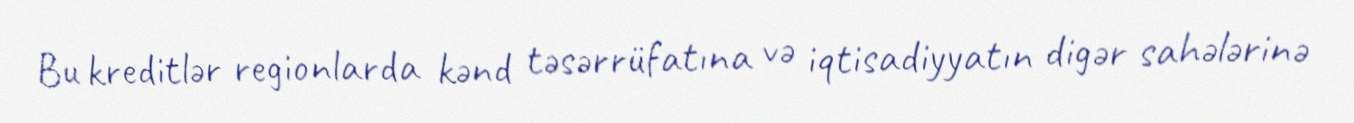
Bu kreditlər regionlarda kənd təsərrüfatına və iqtisadiyyatın digər sahələrinə